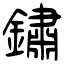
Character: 鏽